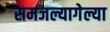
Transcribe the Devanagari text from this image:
समजल्यागेल्या